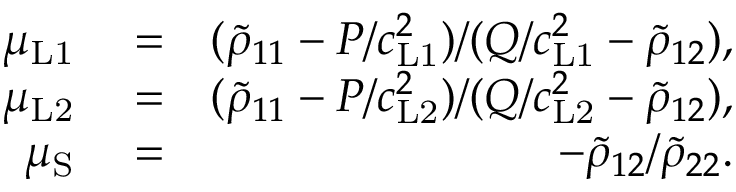
\begin{array} { r l r } { \mu _ { \mathrm { L 1 } } } & { { } = } & { ( \tilde { \rho } _ { 1 1 } - P / c _ { \mathrm { L 1 } } ^ { 2 } ) / ( Q / c _ { \mathrm { L 1 } } ^ { 2 } - \tilde { \rho } _ { 1 2 } ) , } \\ { \mu _ { \mathrm { L 2 } } } & { { } = } & { ( \tilde { \rho } _ { 1 1 } - P / c _ { \mathrm { L 2 } } ^ { 2 } ) / ( Q / c _ { \mathrm { L 2 } } ^ { 2 } - \tilde { \rho } _ { 1 2 } ) , } \\ { \mu _ { \mathrm { S } } } & { { } = } & { - \tilde { \rho } _ { 1 2 } / \tilde { \rho } _ { 2 2 } . } \end{array}